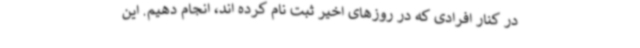
در کنار افرادی که در روزهای اخیر ثبت نام کرده اند، انجام دهیم. این